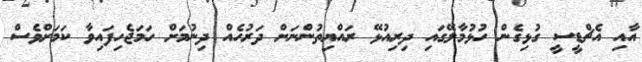
އާއި އެޗްޑީސީ ގުޅިގެން ހުޅުމާލޭގައި ދިރިއުޅޭ ރައްޔިތުންނަށް ދަރުހެއް ދިނުމަށް ހަމަޖެހިފައިވާ ކަމަށްވެސް